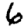
Digit: 6